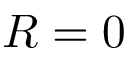
R = 0